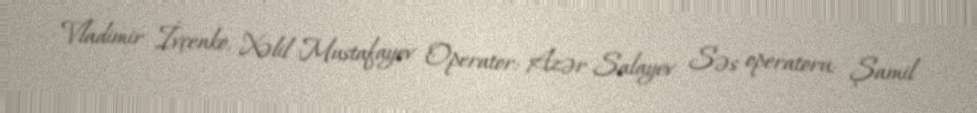
Vladimir İvçenko, Xəlil Mustafayev Operator: Azər Salayev Səs operatoru: Şamil